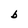
Character: b